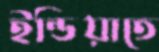
ইন্ডিয়াতে